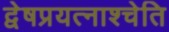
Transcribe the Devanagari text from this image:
द्वेषप्रयत्नाश्चेति